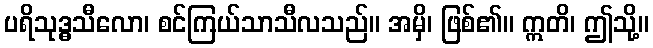
ပရိသုဒ္ဓသီလော၊ စင်ကြယ်သာသီလသည်။ အမှိ၊ ဖြစ်၏။ ဣတိ၊ ဤသို့။